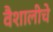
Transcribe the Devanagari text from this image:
वैशालीचे